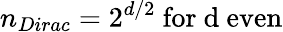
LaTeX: n_{Dirac}=2^{d/2}\mathrm{~for~d~even}